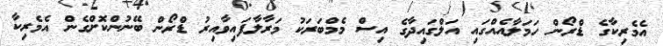
އެމެރިކާގެ ޑްރޯން ހަމަލާއެއްގައި އަލްގައިދާގެ އިސް މެމްބަރަކު މަރާލާފައިވާއިރު ޑްރޯން ބޭނުންކޮށްގެން އެމެރިކާ